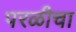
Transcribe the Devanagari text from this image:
परळीचा